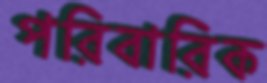
পরিবারিক